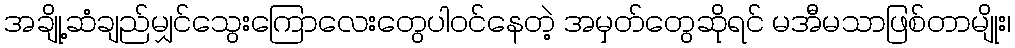
အချို့ဆံချည်မျှင်သွေးကြောလေးတွေပါဝင်နေတဲ့ အမှတ်တွေဆိုရင် မအီမသာဖြစ်တာမျိုး၊